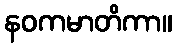
နဝကမာတိကာ။